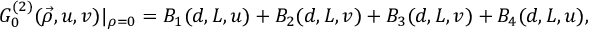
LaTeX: G _ { 0 } ^ { ( 2 ) } ( \vec { \rho } , u , v ) | _ { \rho = 0 } = B _ { 1 } ( d , L , u ) + B _ { 2 } ( d , L , v ) + B _ { 3 } ( d , L , v ) + B _ { 4 } ( d , L , u ) ,